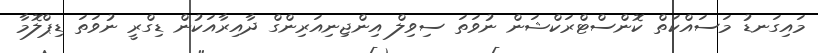
މައިގަނޑު މަސައްކަތް ކޮންސްޓްރަކްޝަން ނުވަތަ ސިވިލް އިންޖިނިއަރިންގް ދާއިރާއަކުން ޑިގްރީ ނުވަތަ ޑިޕްލޮމާ